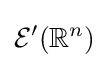
{\mathcal {E}}'(\mathbb {R} ^{n})